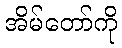
အိမ်တော်ကို